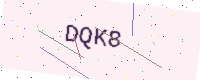
Text: DQK8